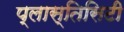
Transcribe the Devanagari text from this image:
प्लास्तिसिटी